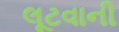
લૂટવાની